Indian journal of veterinary science and animal husbandry - Volume 2,
Year: 1932
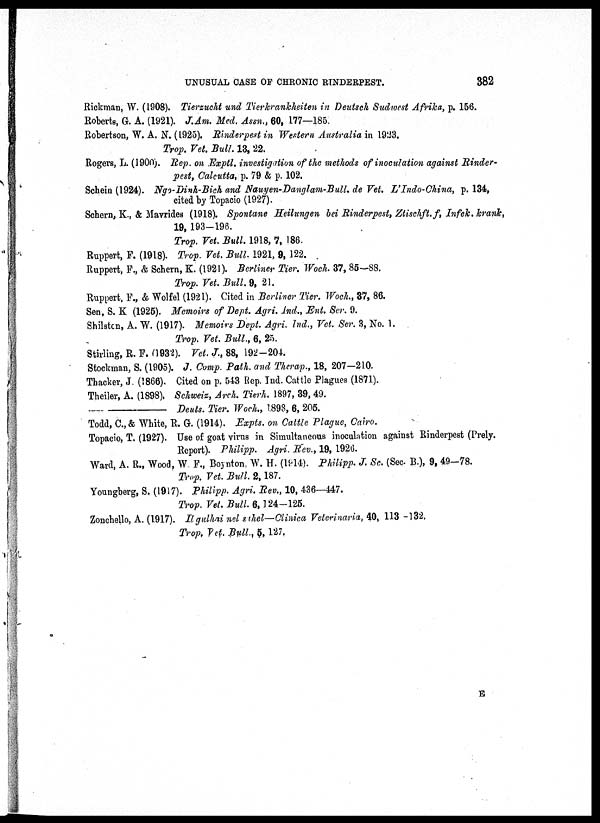
UNUSUAL CASE OF CHRONIC RINDERPEST.
382
Rickman, W. (1908). Tierzucht und Tierkrankheiten in Deutsch Sudwest Afrika, p. 156.
Roberts, G. A. (1921). J.Am. Med. Assn., 60, 177—185.
Robertson, W. A. N. (1925). Rinderpest in Western Aust alia in 1923.
Trop. Vet. Bull. 13, 22.
Rogers, L. (1900). Rep. on Exptl. investigation of the methods of inoculation against Rinder-
pest, Calcutta, p. 79 & p. 102.
Schein (1924). Ngo-Dinh-Bich and Nauyen-Danglam-Bull. de Vet. L'Indo-China, p. 134,
cited by Topacio (1927).
Scbern, K., & Mavrides (1918). Spontane Heilungen bei Rinderpest, Ztischft.f, Infek. krank,
19, 193-196.
Trop. Vet. Bull. 1918, 7, 186.
Ruppert, F. (1918). Trop. Vet. Bull. 1921, 9,122.
Ruppert, F., & Schern, K. (1921). Berliner Tier. Woch. 37, 85-88.
Trop. Vet. Bull. 9, 21.
Ruppert, F., & Wolfel (1921). Cited in Berliner Tier. Woch., 37, 86.
Sen, S. K (1925). Memoirs of Dept. Agri. Ind., Ent. Ser. 9.
Shilston, A. W. (1917). Memoirs Dept. Agri. Ind., Vet. Ser. 3, No. 1.
Trop. Vet. Bull., 6, 25.
Stirling, R. F.(1932). Vet. J., 88, 192-204.
Stockman, S. (1905). J. Comp. Path. and Therap., 18, 207-210.
Thacker, J. (1866). Cited on p. 543 Rep. Ind. Cattle Plagues (1871).
Theiler, A. (1898). Schweiz, Arch. Tierh. 1897, 39, 49.
—
Deuts. Tier. Woch., 1898, 6, 205.
Todd, C., & White, R. G. (1914). Expts. on Cattle Plague, Cairo.
Topacio, T. (1927). Use of goat virus in Simultaneous inoculation against Rinderpest (Prely.
Report). Philipp. Agri. Rev., 19, 1926.
Ward, A. R., Wood, W. F., Boynton, W. H. (1914). Philipp. J. Sc. (Sec. B.), 9, 49-78.
Trop. Vet. Bull. 2,187.
Youngberg, S. (1917). Philipp. Agri. Rev., 10, 436—447.
Trop. Vet. Bull. 6,124-125.
Zonchello, A. (1917). Il gulhai nel sthel—Clinica Veterinaria, 40, 113 -132.
Trop Vet. Bull, 5, 127.
E